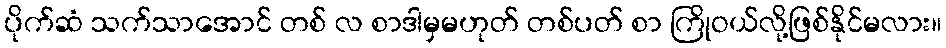
ပိုက်ဆံ သက်သာအောင် တစ် လ စာဒါမှမဟုတ် တစ်ပတ် စာ ကြိုဝယ်လို့ဖြစ်နိုင်မလား။